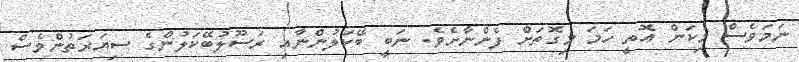
ނަމަވެސް މިކަން އޮތީ ހަމަ މިގޮތަށް ފެންނާށެވެ. ނަބީ ބޭކަލުންނާއި ރަސޫލުބޭކަލުންގެ ސިޔަރަތުންވެސް